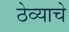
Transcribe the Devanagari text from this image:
ठेव्याचे